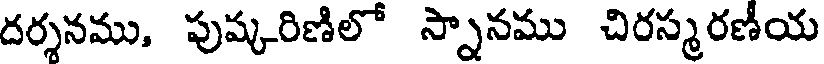
దర్శనము, పుష్కరిణిలో స్నానము చిరస్మరణీయ